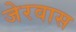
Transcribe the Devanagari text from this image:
जेरवास